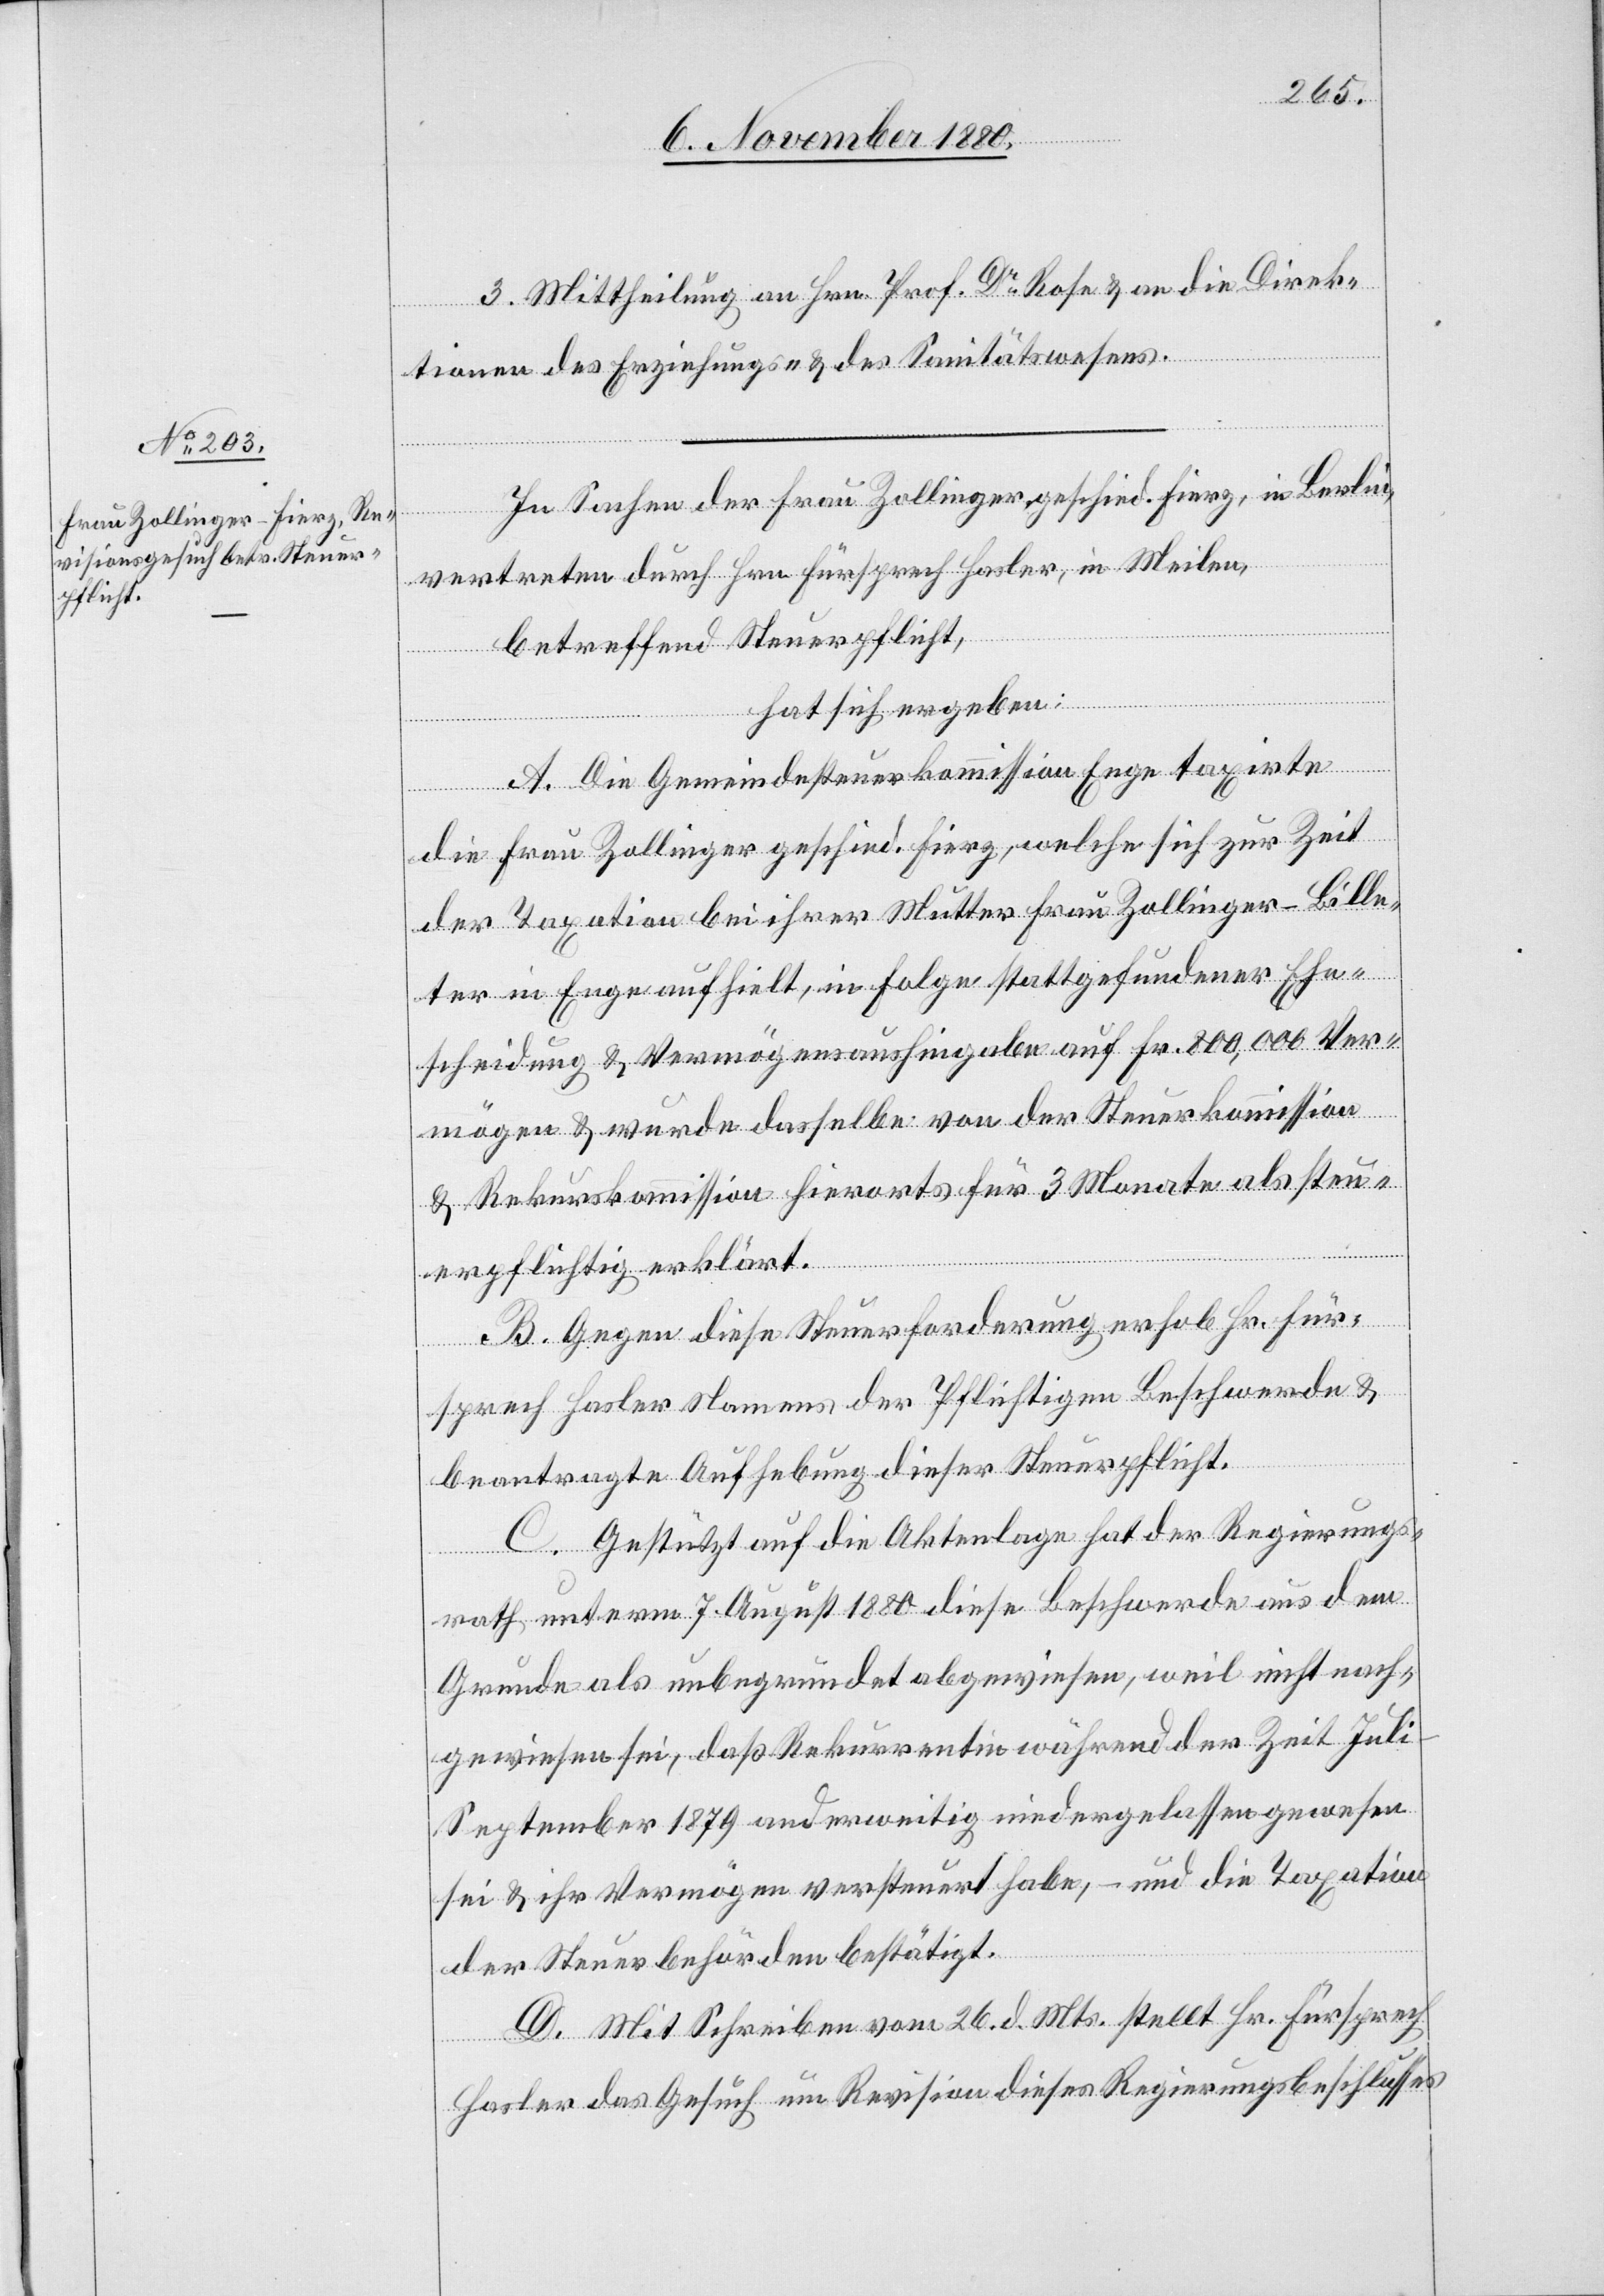
3. Mittheilung an Hrn. Prof. Dr Rose & an die Direk¬
tionen des Erziehungs- & des Sanitätswesens.
In Sachen der Frau Zollinger, geschied. Fierz, in Berlin,
vertreten durch Hrn. Fürsprech Hasler, in Meilen,
betreffend Steuerpflicht,
hat sich ergeben:
A. Die Gemeindesteuerkommission Enge taxirte
die Frau Zollinger geschied. Fierz, welche sich zur Zeit
der Taxation bei ihrer Mutter Frau Zollinger-Bille¬
ter in Enge aufhielt, in Folge stattgefundener Ehe¬
scheidung & Vermögensaushingabe auf Fr. 800,000 Ver¬
mögen & wurde dasselbe von der Steuerkommission
& Rekurskommission hierorts für 3 Monate als steu¬
erpflichtig erklärt.
B. Gegen diese Steuerforderung erhob Hr. Für¬
sprech Hasler Namens der Pflichtigen Beschwerde &
beantragte Aufhebung dieser Steuerpflicht.
C. Gestützt auf die Aktenlage hat der Regierungs¬
rath unterm 7. August 1880 diese Beschwerde aus dem
Grunde als unbegründet abgewiesen, weil nicht nach¬
gewiesen sei, daß Rekurrentin während der Zeit Jul¬
i–September 1879 anderweitig niedergelassen gewesen
sei & ihr Vermögen versteuert habe, – und die Taxation
D. Mit Schreiben vom 26. d. Mts. stellt Hr. Fürsprech
Hasler das Gesuch um Revision dieses Regierungsbeschlusses